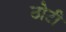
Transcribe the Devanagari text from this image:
ठोटी